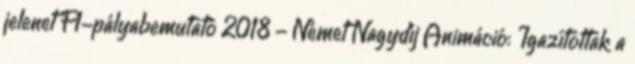
jelenet F1-pályabemutató 2018 - Német Nagydíj Animáció: Igazítottak a